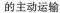
的主动运输